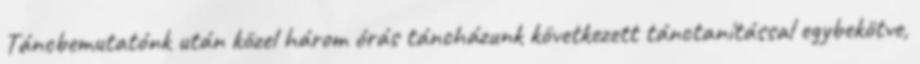
Táncbemutatónk után közel három órás táncházunk következett tánctanítással egybekötve,